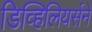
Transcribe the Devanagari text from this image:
डिव्हिलियर्सने